Sketch of the medical history of the native army of Bombay, for the year
Year: 1870
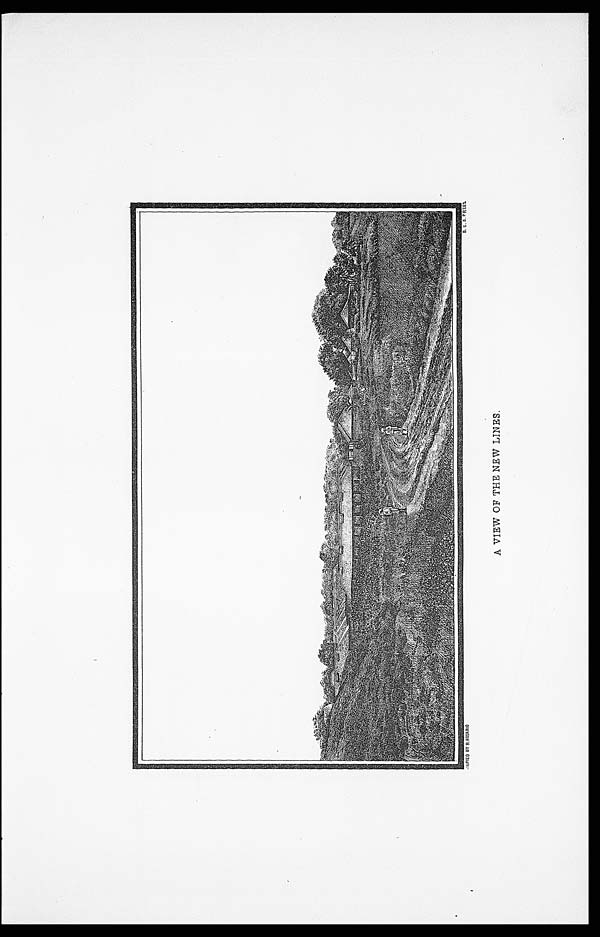
COPIED BY R. ROJARIO
B. E. S. PREES.
A VIEW OF THE NEW LINES.